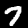
Digit: 7